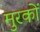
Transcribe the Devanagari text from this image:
मुरकों